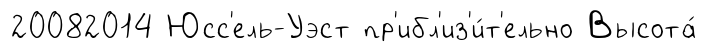
20082014 Юсс'ель-Уэст пр'ибл'из'и́т'ельно Высота́